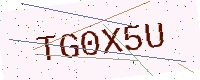
Text: TG0X5U